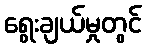
ရွေးချယ်မှုတွင်